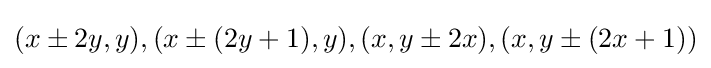
(x\pm 2y,y),(x\pm (2y+1),y),(x,y\pm 2x),(x,y\pm (2x+1))